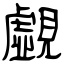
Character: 覷